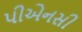
પીએનસી